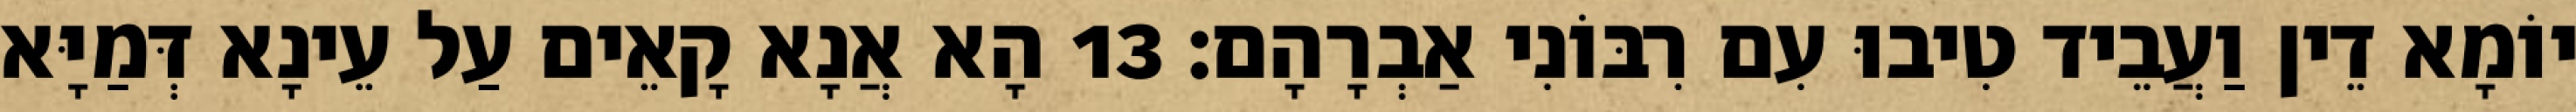
יוֹמָא דֵין וַעֲבֵיד טִיבוּ עִם רִבּוֹנִי אַבְרָהָם׃ 13 הָא אֲנָא קָאֵים עַל עֵינָא דְּמַיָּא